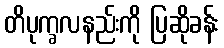
တိပုက္ခလနည်းကို ပြဆိုခန်း